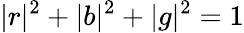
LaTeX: |r|^{2}+|b|^{2}+|g|^{2}=1